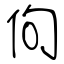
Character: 佝